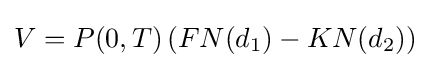
V=P(0,T)\left(FN(d_{1})-KN(d_{2})\right)